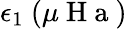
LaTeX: \epsilon_{1}~(\mu\mathrm{~H~a~})